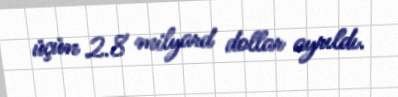
üçün 2.8 milyard dollar ayrıldı.